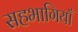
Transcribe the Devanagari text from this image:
सहभागियाँ